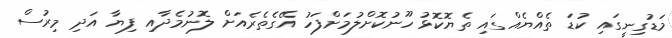
މަޑުގިނީގައި ކުޑަ ތެއްޔެއްގައި ތެޔޮކޮޅު ހޫނުކޮށްލުމަށްފަހު އޭގެތެރެއަށް ލޮނުމެދާއި ފިޔާ އަދި މިރުސް